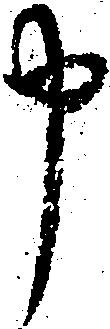
申